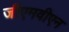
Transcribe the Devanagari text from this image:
जीएमवीएन